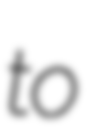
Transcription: to